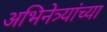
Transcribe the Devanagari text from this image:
अभिनेत्र्यांच्या